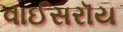
વાઈસરૉય